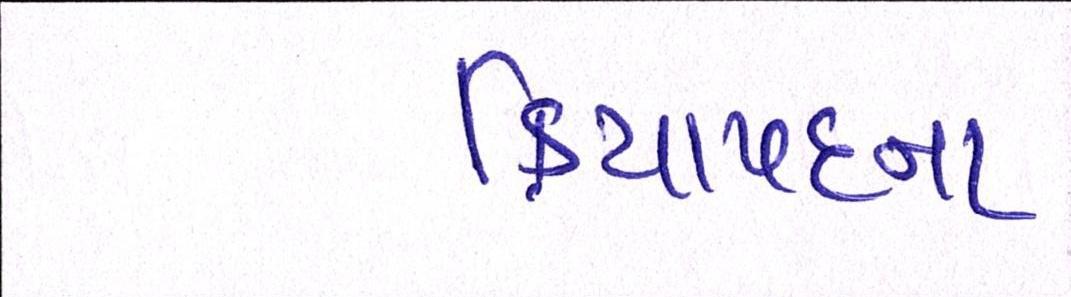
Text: ક્રિયાપદના